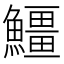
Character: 䲔